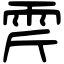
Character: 𩂋